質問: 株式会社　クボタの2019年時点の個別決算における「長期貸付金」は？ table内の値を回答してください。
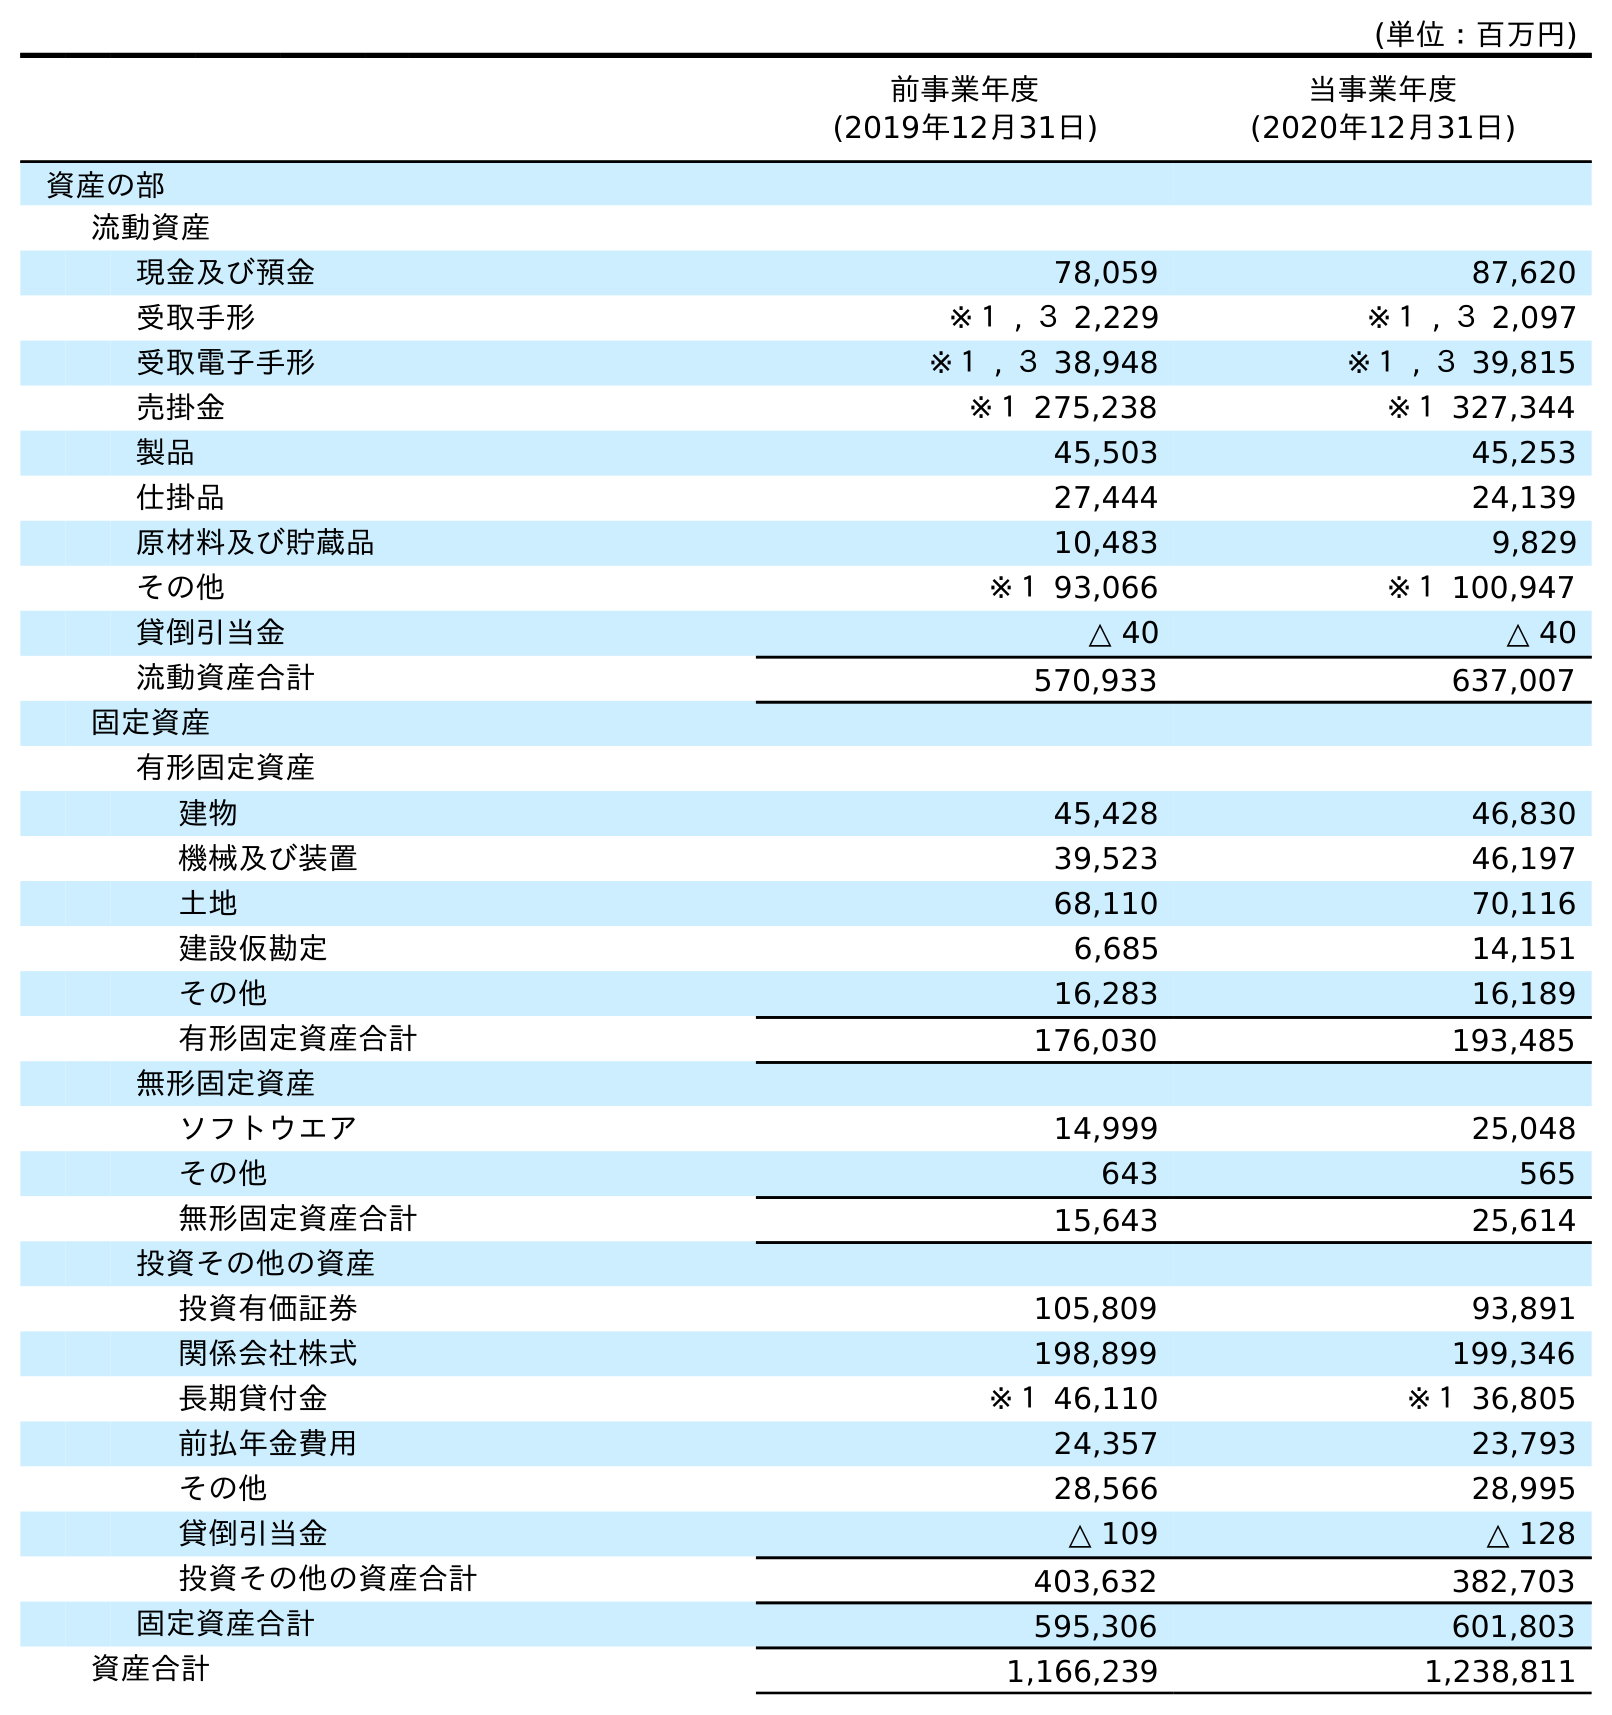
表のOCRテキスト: (単位：百万円) 前事業年度 (2019年12月31日) 当事業年度 (2020年12月31日) 資産の部 流動資産 現金及び預金 78,059 87,620 受取手形 ※１ , ３ 2,229 ※１ , ３ 2,097 受取電子手形 ※１ , ３ 38,948 ※１ , ３ 39,815 売掛金 ※１ 275,238 ※１ 327,344 製品 45,503 45,253 仕掛品 27,444 24,139 原材料及び貯蔵品 10,483 9,829 その他 ※１ 93,066 ※１ 100,947 貸倒引当金 △ 40 △ 40 流動資産合計 570,933 637,007 固定資産 有形固定資産 建物 45,428 46,830 機械及び装置 39,523 46,197 土地 68,110 70,116 建設仮勘定 6,685 14,151 その他 16,283 16,189 有形固定資産合計 176,030 193,485 無形固定資産 ソフトウエア 14,999 25,048 その他 643 565 無形固定資産合計 15,643 25,614 投資その他の資産 投資有価証券 105,809 93,891 関係会社株式 198,899 199,346 長期貸付金 ※１ 46,110 ※１ 36,805 前払年金費用 24,357 23,793 その他 28,566 28,995 貸倒引当金 △ 109 △ 128 投資その他の資産合計 403,632 382,703 固定資産合計 595,306 601,803 資産合計 1,166,239 1,238,811
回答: ※１46,110